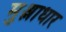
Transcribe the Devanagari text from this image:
मुश्लाधार